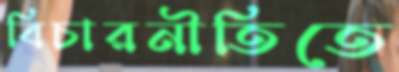
বিচারনীতিতে